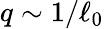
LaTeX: q\sim 1/\ell_{0}